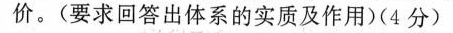
价。(要求回答出体系的实质及作用)(4分）